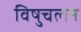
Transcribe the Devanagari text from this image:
विषुचलन